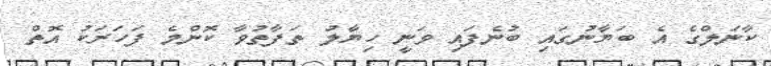
ކާނަލްގެ އެ ބަޔާނުގައި ބުނެފައި ވަނީ ހިޔާލު ތަފާތުވާ ކޮންމެ ފަހަރަކު އޮތް